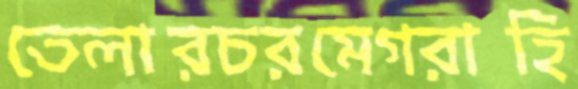
তেলারচরমেগরাহি